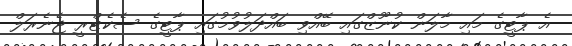
އެ ޕާޓީގެ މައި މާލަން ކުނޫޒްގައި ބޭއްވި ބައްދަލުވުމުގައި ޕާޓީގެ ސެކެޓްރީ ޖެނެރަލް